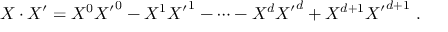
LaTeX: X \cdot X ^ { \prime } = { X ^ { 0 } } { X ^ { \prime } } ^ { 0 } - { X ^ { 1 } } { X ^ { \prime } } ^ { 1 } - \cdots - { X ^ { d } } { X ^ { \prime } } ^ { d } + X ^ { d + 1 } { X ^ { \prime } } ^ { d + 1 } \ .